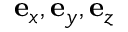
\mathbf { e } _ { x } , \mathbf { e } _ { y } , \mathbf { e } _ { z }